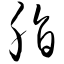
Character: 脂